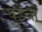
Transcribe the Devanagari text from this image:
घुडेची